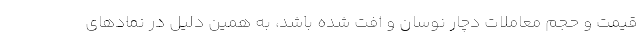
قیمت و حجم معاملات دچار نوسان و افت شده باشد، به همین دلیل در نمادهای